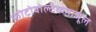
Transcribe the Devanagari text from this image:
फोटोवोल्टैकमाजूल